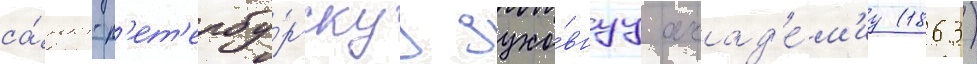
са́нкт-п'ет'ербу́ргскуу духо́внуу акад'е́м'иу (1863)